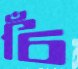
চিঁ